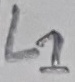
Text: L1